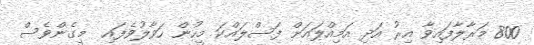
800 މަރާލާފައިވާ އިރު އަދި އަމިއްލައަށް ފަސްލައްކަ މީހުން ހަވާލުވެފައި  މީގެންވެސް